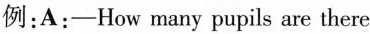
例:A:-How many pupils are there